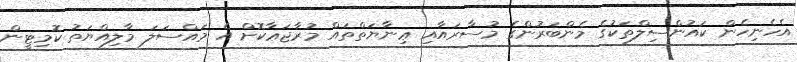
އެހެނިހެން ކައުންސިލްތަކުގެ މެންބަރުންގެ މުސާރައާއި ޢިނާޔަތްތައް މުރާޖަޢާކޮށް އެ މައްސަލަ މާލިއްޔަތު ކޮމިޓީން